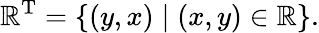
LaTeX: \mathbb{R}^{\mathrm{{T}}}=\{ (y,x)\mid(x,y)\in\mathbb{R}\} .